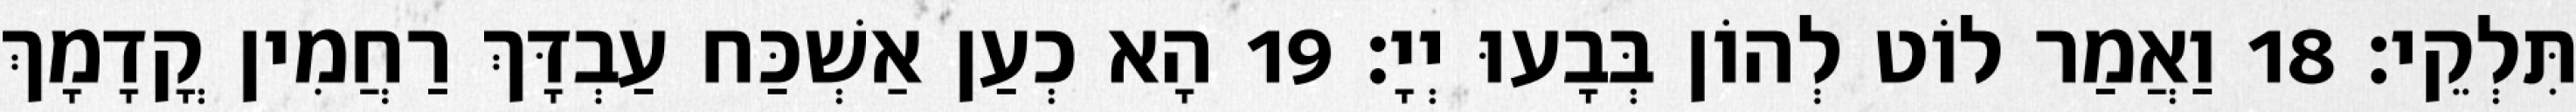
תִּלְקֵי׃ 18 וַאֲמַר לוֹט לְהוֹן בְּבָעוּ יְיָ׃ 19 הָא כְעַן אַשְׁכַּח עַבְדָּךְ רַחֲמִין קֳדָמָךְ